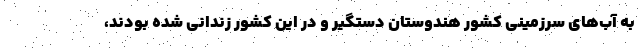
به آب‌های سرزمینی کشور هندوستان دستگیر و در این کشور زندانی شده بودند،